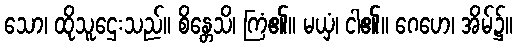
သော၊ ထိုသူဌေးသည်။ စိန္တေသိ၊ ကြံ၏။ မယှံ၊ ငါ၏။ ဂေဟေ၊ အိမ်၌။